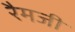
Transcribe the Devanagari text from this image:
रैमजी